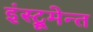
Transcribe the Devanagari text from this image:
इंस्ट्रूमेन्त